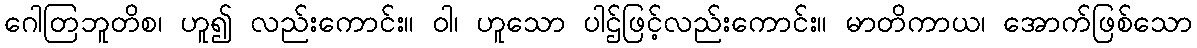
ဂေါတြဘူတိစ၊ ဟူ၍ လည်းကောင်း။ ဝါ၊ ဟူသော ပါဌ်ဖြင့်လည်းကောင်း။ မာတိကာယ၊ အောက်ဖြစ်သော